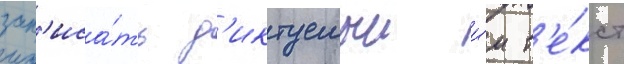
зап'иса́ть д'иктуемыи и́м т'е́кст